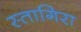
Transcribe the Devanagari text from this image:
स्तागिरा